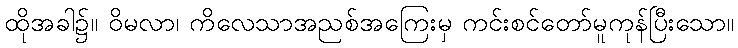
ထိုအခါ၌။ ဝိမလာ၊ ကိလေသာအညစ်အကြေးမှ ကင်းစင်တော်မူကုန်ပြီးသော။